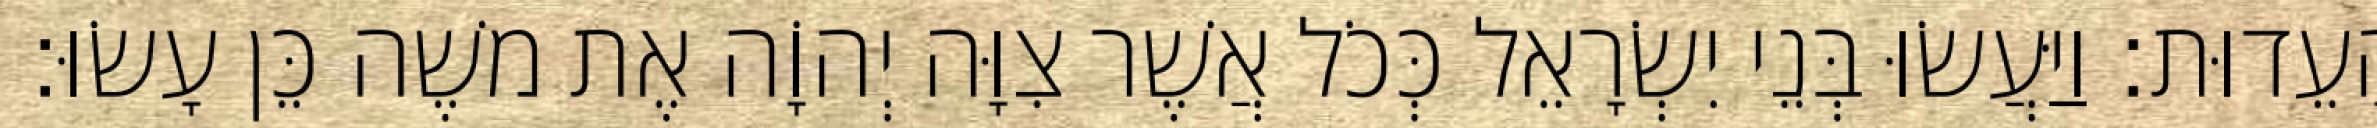
הָעֵדוּת׃ וַיַּעֲשׂוּ בְּנֵי יִשְׂרָאֵל כְּכֹל אֲשֶׁר צִוָּה יְהוָֹה אֶת משֶׁה כֵּן עָשׂוּ׃